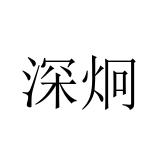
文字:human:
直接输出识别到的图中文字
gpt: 深炯